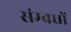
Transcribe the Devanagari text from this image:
संम्बधों